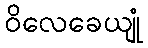
ဝိလေခေယျုံ